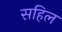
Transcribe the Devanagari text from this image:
सहिल